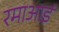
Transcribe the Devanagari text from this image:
रमाआई